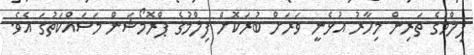
ފިލްމުގެ ތަރިން މިހާރު އުޅެނީ ވަރަށް ބުރަކޮށް ފިލްމުގެ ޕްރޮމޯޝަން މަސައްކަތުގަ އެެވެ.